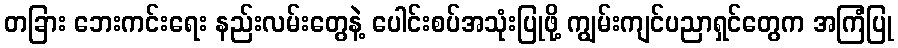
တခြား ဘေးကင်းရေး နည်းလမ်းတွေနဲ့ ပေါင်းစပ်အသုံးပြုဖို့ ကျွမ်းကျင်ပညာရှင်တွေက အကြံပြု